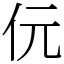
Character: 㐾